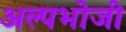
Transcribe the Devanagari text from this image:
अल्पभोजी